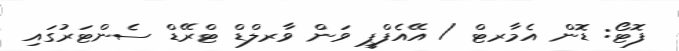
ފޮޓޯ: ޑޮން އެމާރޓް / އޭއެފްޕީ ވަން ވާރލްޑް ޓްރޭޑް ސެންޓަރުގައި